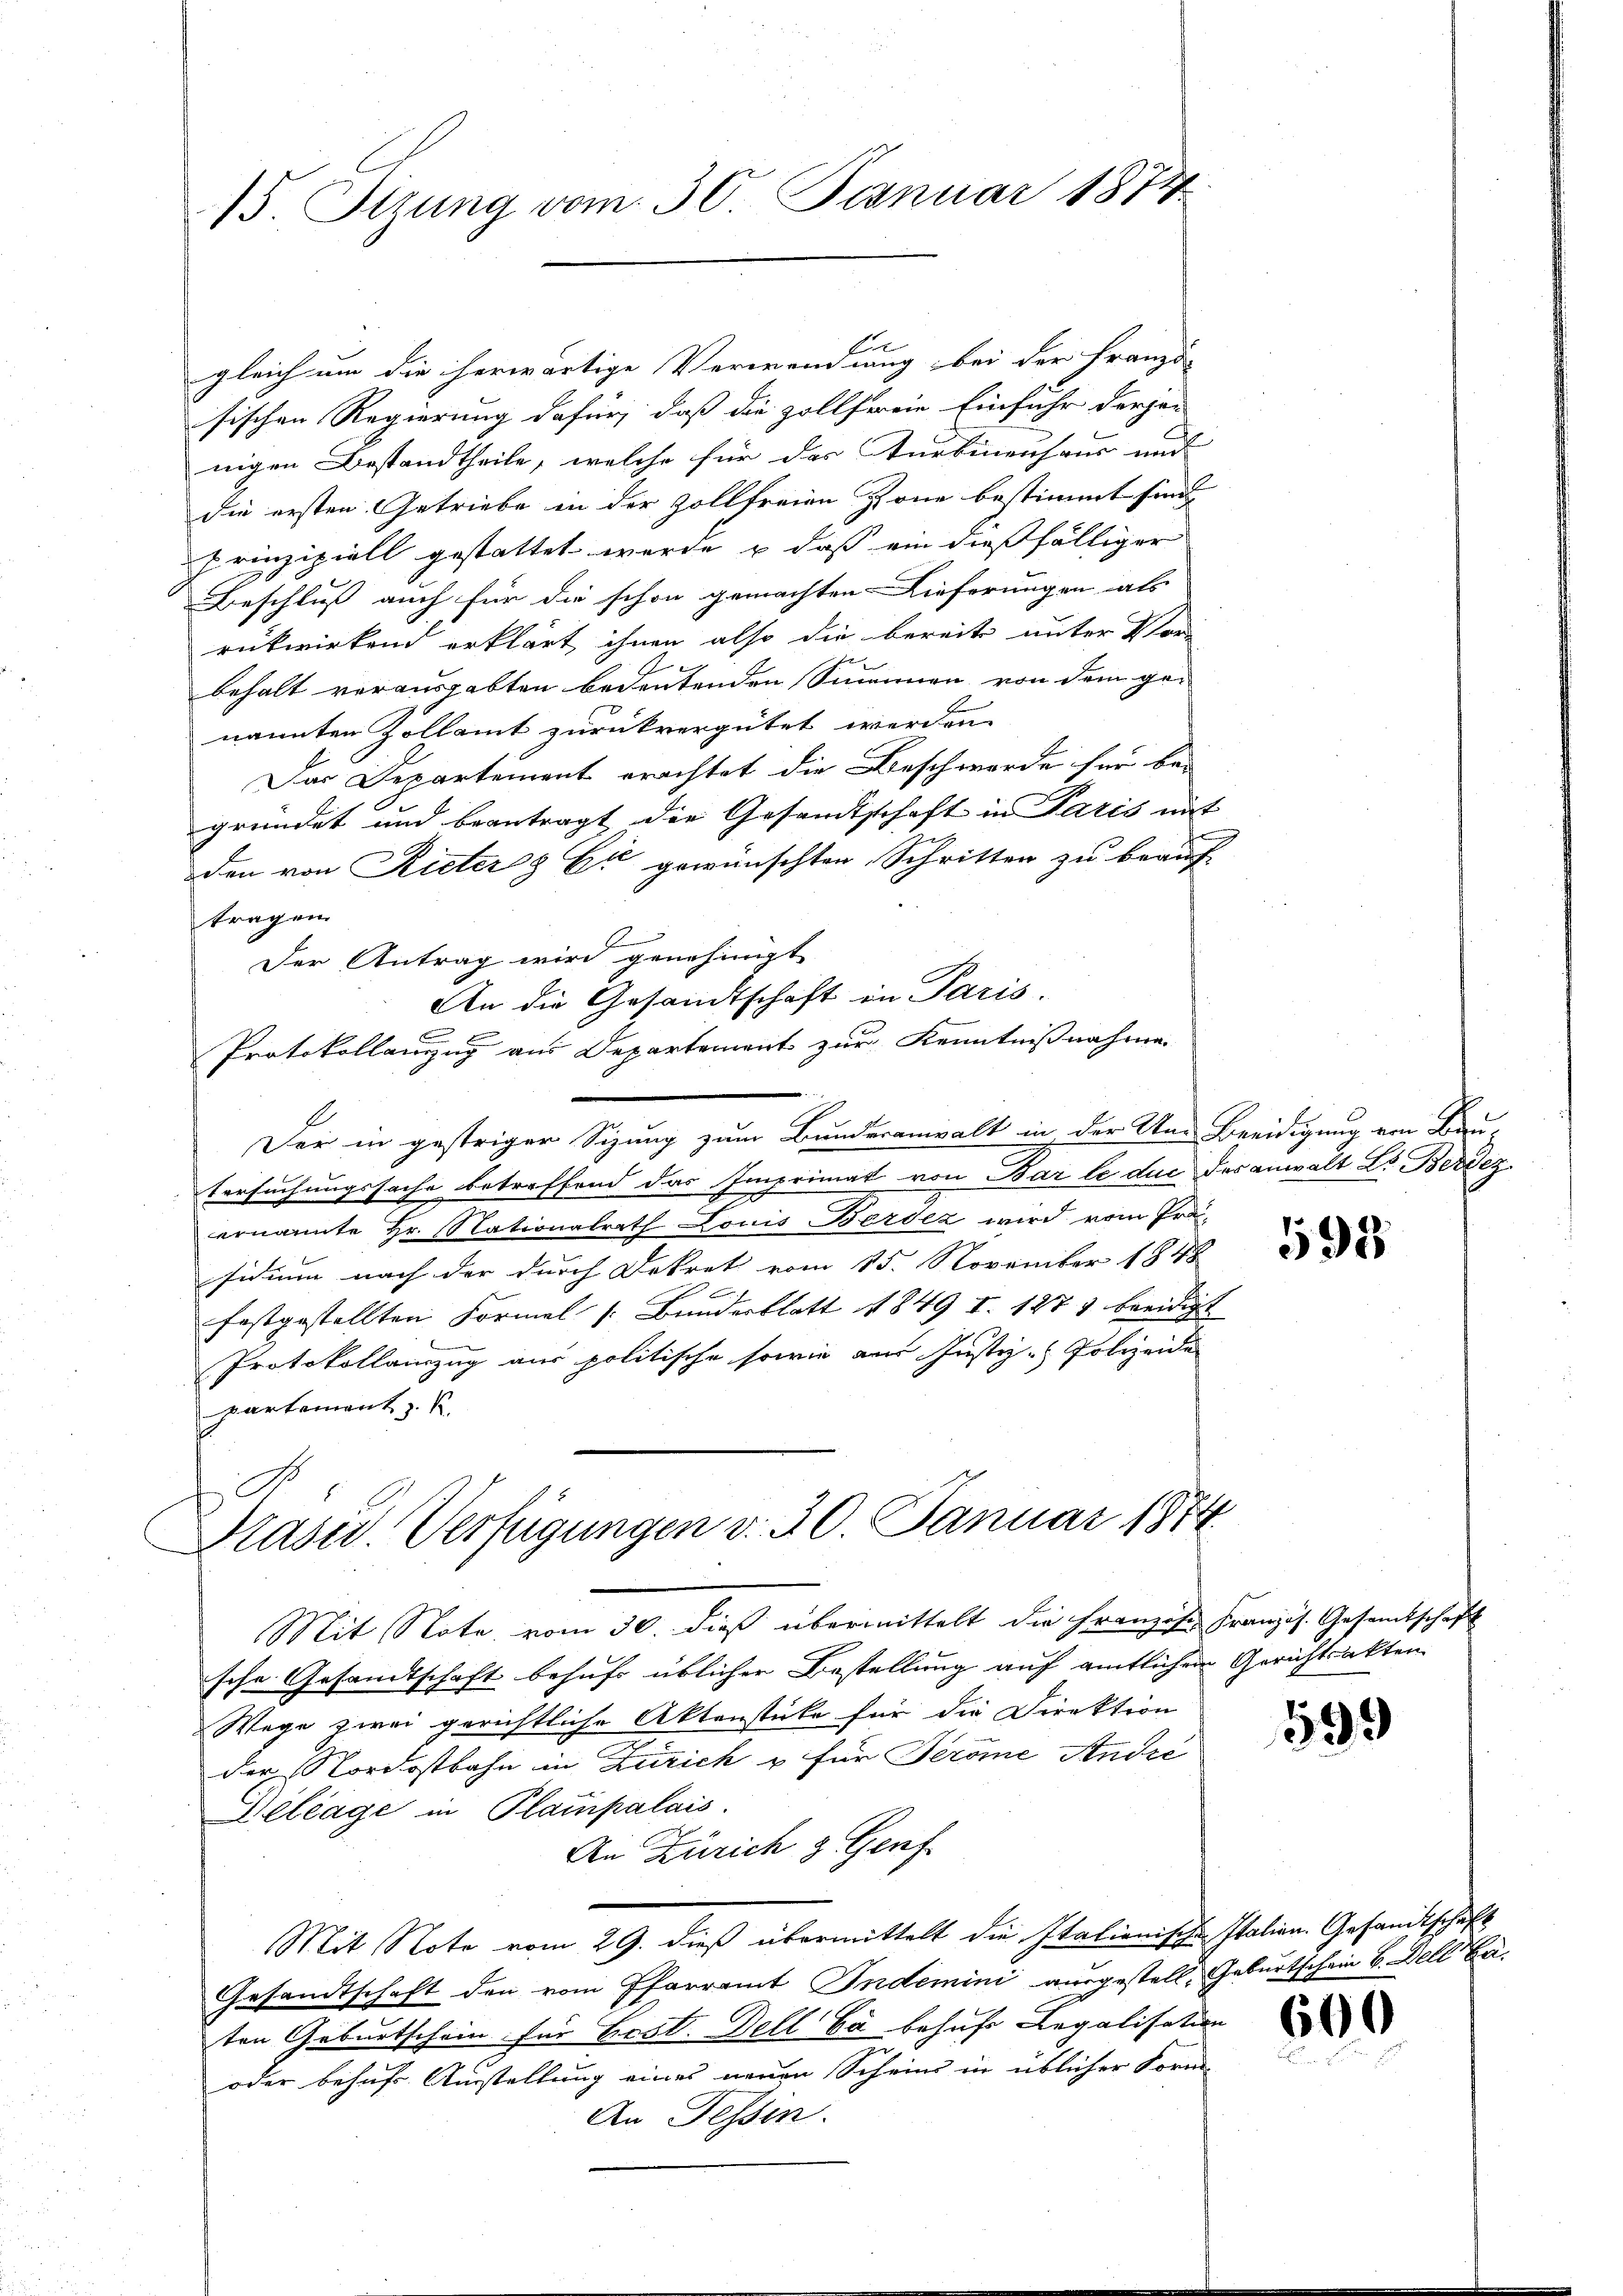
15. Stzung vom 30. Januar 1874

l
gleich um die herwärtige Verwendung bei der Franzö-
sischen Regierung dafür, daß die zollfreie Einfuhr derjen
nigen Bestandtheile, welche für das Turbinenhaus und
die ersten Getriebe in der Zollfreien Zone bestimmt sind.
prinzipiell gestattet werde, u dass ein dießfälliger
Beschluß auch für die schon gemachten Lieferungen als
rükwirkend erklärt, ihnen also die bereits unter Vor-
behalt vorausgabten bedeutenden Simmen von dem ge-
nannten Zollamt zurückvergütet werden.
Das Departement erachtet die Beschwerde für bei
gründet und beantragt die Gesandtschaft in Paris mit
den von Rieter Er gewünschten Schritten zu beauf-
tragen
Der Antrag wird genehmigt
An die Gesandtschaft in Paris.
Protokollanung aus Departement zur Kenntnißnahme
Der in gestriger Sizung zum Bunderanwalt in der Un- Beeidigung von Bau-
Versuchungssache betreffend das Imprimat von Bar le duc des anwalt Dr. Berdez
ernannte Hr. Nationalrath Louis Berdez wird vom Präsidium nach der durch Dekret vom 15. November 1848

festgestellten Formel (Bunderblatt 1849 I. 1273 beeidigt
Protokollanzug aus politische sowie am Justiz - Polizeide
partement z. R.

Präsid. Verfügungen d. 30. Januar 1874.

Mit Note vom 30. dieß übermittelt die Franzose Französ. Gesamtschaft
sche Gesandtschaft behufs üblicher Bestellung auf amtlichen Gerichtsakten
Wege zwei gerichtliche Aktenstücke für die Direktion
der Nordostbahn in Zürich u für Jerome André
Bellage in Plampalais.
An Zürich & Genf
Mit Note vom 29. dieß übermittelt die Italienischen Station. Gesandtschaft
Gesandtschaft den vom Pfarramt Indemini ausgestell, Geburtschein 6. Dell Ba
ten Geburtschein für Best. Dell Ca behufs Legalisation
oder behufs Ausstellung eines neuen Scheins in üblicher Form-
An Tessin.

598

599

600